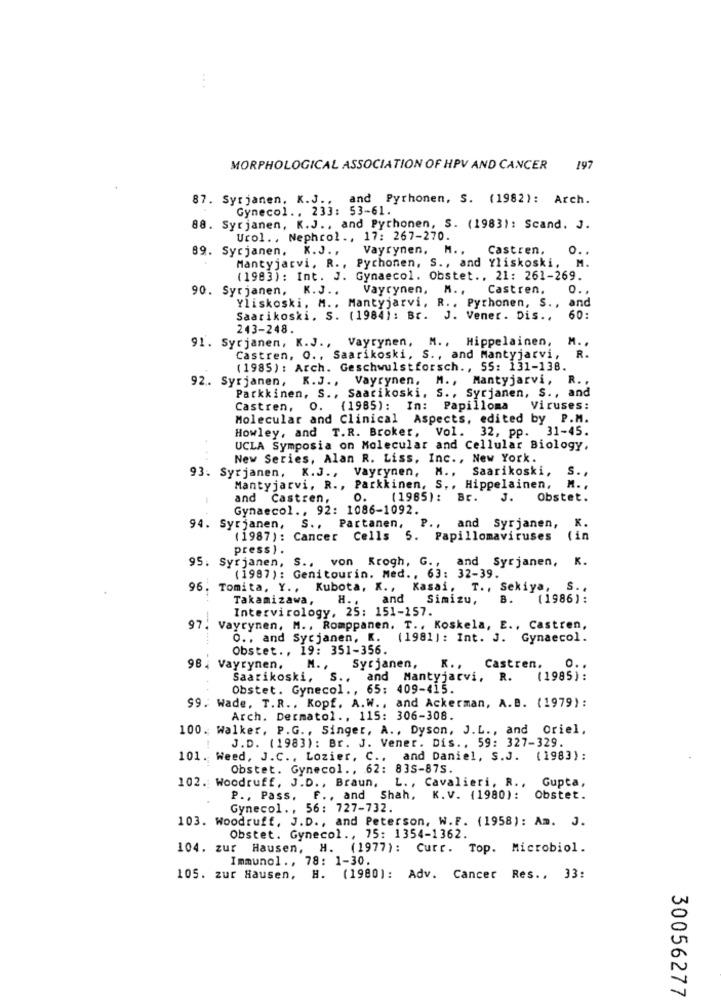
.. .
MORPHOLOGICAL ASSOCIATION OF HPV AND CANCER 197
87. Syrjanen, K.J ., and Pyrhonen, S. (1982): Arch.
Gynecol .. 233: 53-61.
88. Syrjanen, K.J ., and Pythonen, S. (1983): Scand. J.
Urol ., Nephrol ., 17: 267-270.
89. Sycjanen. K.J ., Vayrynen, M ..
Castren,
o ..
Mantyjarvi, R ., Pychonen, S ., and Yliskoski, M.
(1983): Int. J. Gynaecol. Obstet ., 21: 261-269.
90. Syrjanen, K.J ..
Vayrynen, M. .
Castren.
O.
Yliskoski. M .. Mantyjarvi, R .. Pythonen, S ., and
Saarikoski. S. (1984): Br. J. Vener. Dis .,
60:
243-248
91. Syrjanen, K.J ., Vayrynen, M ., Hippelainen,
M. .
R.
Castren, O ., Saarikoski, S ., and Mantyjarvi,
(1985) : Arch. Geschwulstforsch ., 55: 131-138.
92. Syrjanen, K.J ., Vayrynen, M ., Mantyjarvi, R. ,
Parkkinen, S ., Saarikoski. S ., Syrjanen, S ., and
Castren, O. (1985): In: Papilloma
Viruses:
Molecular and Clinical Aspects, edited by P.M.
Howley, and T.R. Broker, Vol. 32, pp. 31-45.
UCLA Symposia on Molecular and Cellular Biology,
New Series, Alan R. Liss, Inc ., New York.
93. Syrjanen, K.J ., Vayrynen, M .. Saarikoski,
S.
Mantyjarvi, R ., Parkkinen, S ., Hippelainen,
and Castren, O. (1965): Br.
J.
Obstet.
Gynaecol ., 92: 1086-1092.
94. Syrjanen, S ., Partanen,
P ., and Syrjanen,
K.
(1987): Cancer Cells 5. Papillomaviruses
(in
press ) .
95. Syrjanen, S .. von Krogh, G ., and Syrjanen, K.
(1987): Genitourin. Med ., 63: 32-39.
96.
Tomita, Y ., Kubota, K ., Kasai, T ., Sekiya, S .,
Takamizawa,
H ., and
Simizu,
B.
(1986) :
Intervirology, 25: 151-157.
97. Vayrynen, M ., Romppanen. T ., Koskela, E ., Castren,
O ., and Sycjanen, K.
(1981): Int. J. Gynaecol.
Obstet ., 19: 351-356.
98 . Vayrynen.
M ., Syrjanen, K ., Castren.
O. .
Saarikoski, S ..
and Mantyjarvi, R.
(1985):
Obstet. Gynecol ., 65: 409-415.
99. Wade, T.R ., Kopf. A.W ., and Ackerman, A.B. (1979):
Arch. Dermatol ., 115: 306-308.
100. Walker, P.G ., Singer, A ., Dyson, J.L ., and Oriel.
J.D. (1983): Br. J. Vener. Dis .. 59: 327-329.
101. Weed, J.C ., Lozier, C ., and Daniel, S.J. (1983):
Obstet. Gynecol ., 62: 83S-87S.
102. Woodruff, J.D ., Braun, L ., Cavalieri, R ., Gupta,
P ., Pass. F ., and Shah, K.V. (1980): Obstet.
Gynecol ., 56: 727-732.
103. Woodruff, J.D ., and Peterson, W.F. (1958): Am. J.
Obstet. Gynecol ., 75: 1354-1362.
104. zur Hausen, H. (1977): Curr. Top. Microbiol.
Immunol ., 78: 1-30.
105. zur Hausen, H. (1980): Adv. Cancer Res ., 33:
30056277